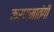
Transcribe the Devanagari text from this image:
कर्णमातंगी